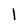
Character: 1